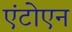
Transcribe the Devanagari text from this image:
एंटोएन